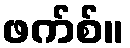
ဖက်စ်။